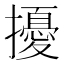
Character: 擾